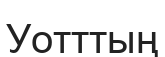
Уотттың